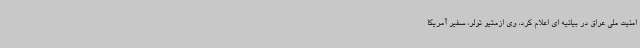
امنیت ملی عراق در بیانیه ای اعلام کرد، وی ازمتیو تولر، سفیر آمریکا